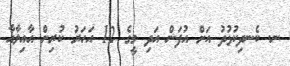
ނ. ކެނދިކުޅުދު އަށް އުފަން އަދި މީގެ 12 އަހަރު ކުރިން އާއިލާއާ